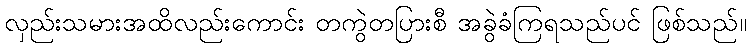
လှည်းသမားအထိလည်းကောင်း တကွဲတပြားစီ အခွဲခံကြရသည်ပင် ဖြစ်သည်။